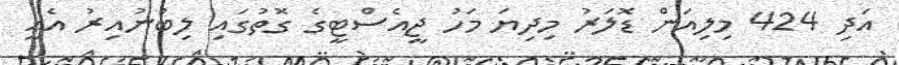
އަދި 424 މިލިއަން ޑޮލަރު މިދިޔަ މަހު ޖީއެސްޓީގެ ގޮތުގައި ލިބުނުއިރު އެއީ